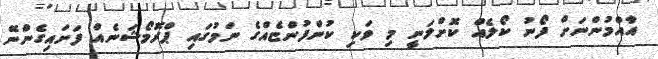
އާއްމުންނަށް ފޯނު ކޯލެއް ކޮށްލަނީ މި ވަކި ކުންފުންޏެއްގެ ނަމުގައި ޕްރޮމޯޝަނެއް ފަށައިގެންނޭ